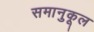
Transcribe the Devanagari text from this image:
समानुकूल